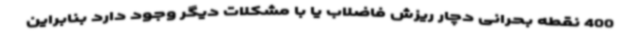
400 نقطه بحرانی دچار ریزش فاضلاب یا با مشکلات دیگر وجود دارد بنابراین